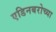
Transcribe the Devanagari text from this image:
एडिनबरोच्या